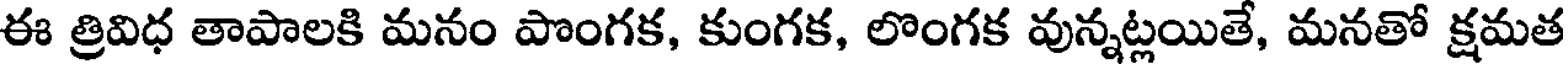
ఈ త్రివిధ తాపాలకి మనం పొంగక, కుంగక, లొంగక వున్నట్లయితే, మనతో క్షమత